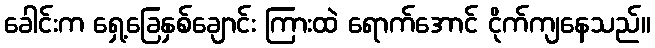
ခေါင်းက ရှေ့ခြေနှစ်ချောင်း ကြားထဲ ရောက်အောင် ငိုက်ကျနေသည်။